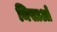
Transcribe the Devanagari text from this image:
मिसाओ